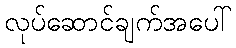
လုပ်ဆောင်ချက်အပေါ်